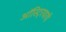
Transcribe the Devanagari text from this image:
ऑस्ट्रियायी